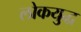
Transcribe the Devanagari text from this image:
लोकयुद्ध